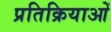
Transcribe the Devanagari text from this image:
प्रतिक्रियाआें